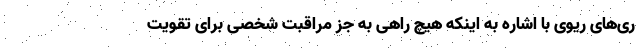
ری‌های ریوی با اشاره به اینکه هیچ راهی به جز مراقبت شخصی برای تقویت